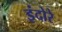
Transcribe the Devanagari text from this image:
इंदोरे